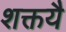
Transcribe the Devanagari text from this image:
शक्तयै